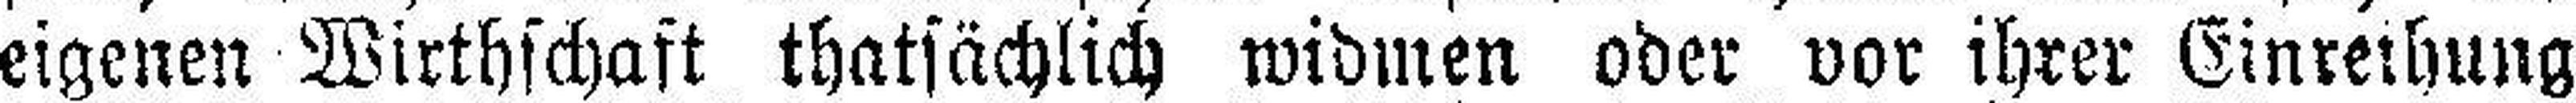
eigenen Wirthschaft thatsächlich widmen oder vor ihrer Einreihung